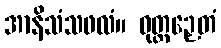
အာနိသံသဖလံ။ ဝုတ္တဉှေတံ